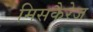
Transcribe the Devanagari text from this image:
मिसकैरेज